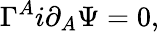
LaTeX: \Gamma^{A}i\partial_{A}\Psi=0,